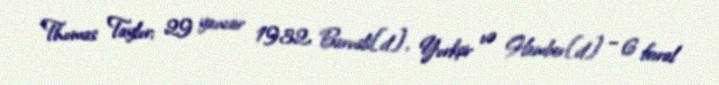
Thomas Taylor; 29 yanvar 1932, Barnsli[d], Yorkşir və Hamber[d] – 6 fevral